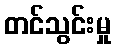
တင်သွင်းမှု